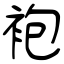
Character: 袍